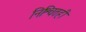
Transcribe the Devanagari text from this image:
निश्चितही